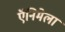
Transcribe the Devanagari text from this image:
ऍनिमेला